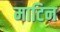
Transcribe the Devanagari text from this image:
माटिन